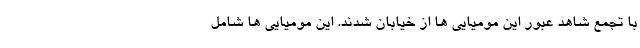
با تجمع شاهد عبور این مومیایی ها از خیابان شدند. این مومیایی ها شامل